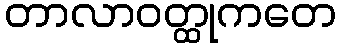
တာလာဝတ္ထုကတေ